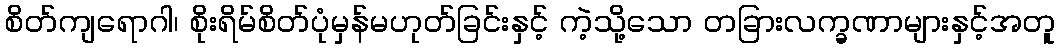
စိတ်ကျရောဂါ၊ စိုးရိမ်စိတ်ပုံမှန်မဟုတ်ခြင်းနှင့် ကဲ့သို့သော တခြားလက္ခဏာများနှင့်အတူ